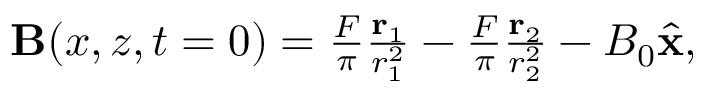
\begin{array} { r } { { \bf B } ( x , z , t = 0 ) = \frac { F } { \pi } \frac { { \bf r } _ { 1 } } { r _ { 1 } ^ { 2 } } - \frac { F } { \pi } \frac { { \bf r } _ { 2 } } { r _ { 2 } ^ { 2 } } - B _ { 0 } \hat { \bf x } , } \end{array}